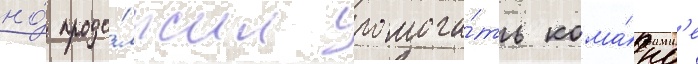
но́ продо́лжил помога́ть кома́нд'е